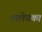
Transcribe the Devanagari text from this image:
नालेवका